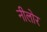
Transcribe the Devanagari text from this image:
नीलोर